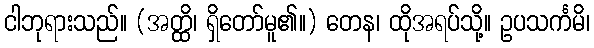
ငါဘုရားသည်။ (အတ္ထိ၊ ရှိတော်မူ၏။) တေန၊ ထိုအရပ်သို့။ ဥပသင်္ကမိ၊